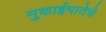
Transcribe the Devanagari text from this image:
मुकाईमातेचे